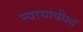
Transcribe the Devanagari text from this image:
न्यायाधीशॉ